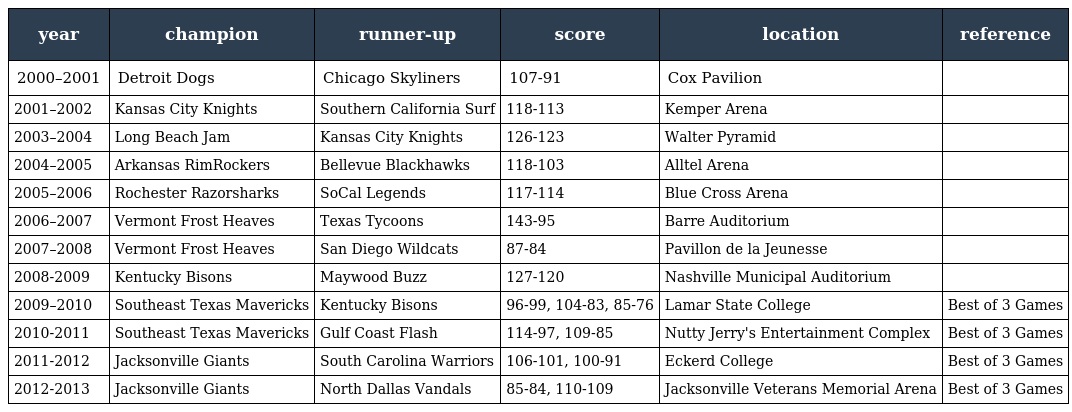
| year | champion | runner-up | score | location | reference |
 | --- | --- | --- | --- | --- | --- |
 | 2000–2001 | Detroit Dogs | Chicago Skyliners | 107-91 | Cox Pavilion |  |
 | 2001–2002 | Kansas City Knights | Southern California Surf | 118-113 | Kemper Arena |  |
 | 2003–2004 | Long Beach Jam | Kansas City Knights | 126-123 | Walter Pyramid |  |
 | 2004–2005 | Arkansas RimRockers | Bellevue Blackhawks | 118-103 | Alltel Arena |  |
 | 2005–2006 | Rochester Razorsharks | SoCal Legends | 117-114 | Blue Cross Arena |  |
 | 2006–2007 | Vermont Frost Heaves | Texas Tycoons | 143-95 | Barre Auditorium |  |
 | 2007–2008 | Vermont Frost Heaves | San Diego Wildcats | 87-84 | Pavillon de la Jeunesse |  |
 | 2008-2009 | Kentucky Bisons | Maywood Buzz | 127-120 | Nashville Municipal Auditorium |  |
 | 2009–2010 | Southeast Texas Mavericks | Kentucky Bisons | 96-99, 104-83, 85-76 | Lamar State College | Best of 3 Games |
 | 2010-2011 | Southeast Texas Mavericks | Gulf Coast Flash | 114-97, 109-85 | Nutty Jerry's Entertainment Complex | Best of 3 Games |
 | 2011-2012 | Jacksonville Giants | South Carolina Warriors | 106-101, 100-91 | Eckerd College | Best of 3 Games |
 | 2012-2013 | Jacksonville Giants | North Dallas Vandals | 85-84, 110-109 | Jacksonville Veterans Memorial Arena | Best of 3 Games |